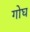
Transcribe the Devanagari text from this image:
गोघ